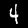
Digit: 4